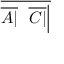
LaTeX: \overline { { { \overline { { A | } } } \ \ { \overline { { C | } } } { \Big | } } }